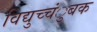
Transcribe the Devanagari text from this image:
विद्युच्चंुबक